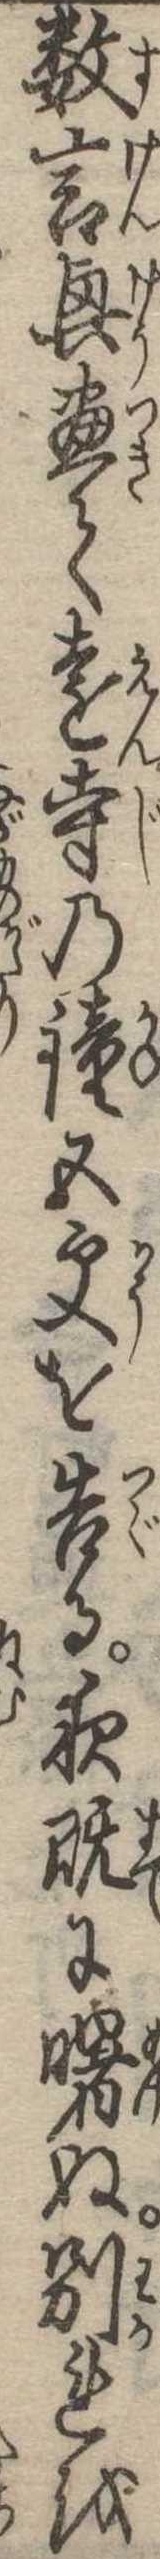
数言興尽て遠寺の鐘五更を告る夜既に曙ぬ別れを